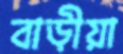
বাড়ীয়া